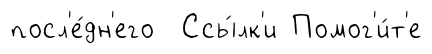
посл'е́дн'его Ссы́лк'и Помог'и́т'е